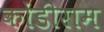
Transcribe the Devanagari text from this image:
कोंडीराम